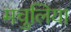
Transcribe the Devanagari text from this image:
मचुलिया